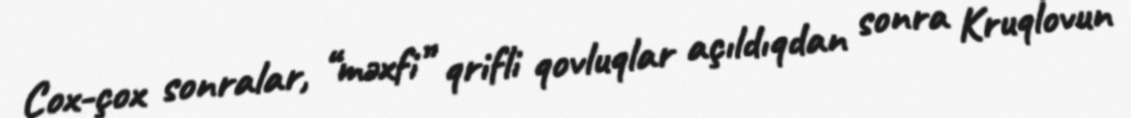
Çox-çox sonralar, “məxfi” qrifli qovluqlar açıldıqdan sonra Kruqlovun